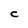
Character: C